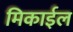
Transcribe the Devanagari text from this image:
मिकाईल